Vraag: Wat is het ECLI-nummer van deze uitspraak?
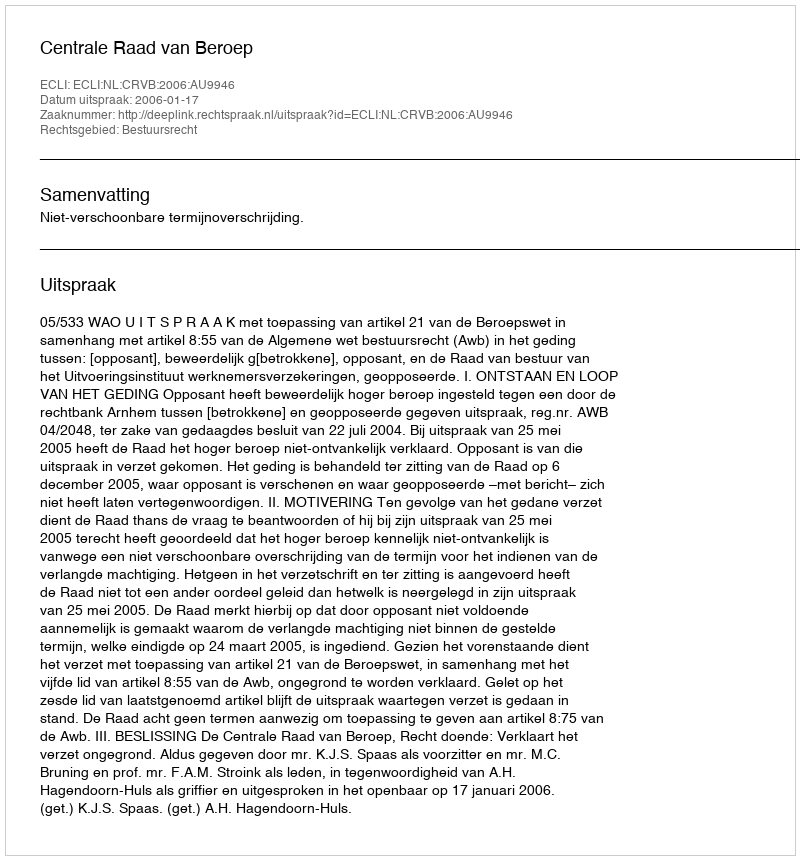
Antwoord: ECLI:NL:CRVB:2006:AU9946